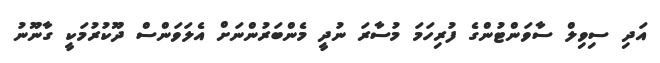
އަދި ސިވިލް ސާވަންޓުންގެ ފުރިހަމަ މުސާރަ ނުދީ މެންބަރުންނަށް އެލަވަންސް ދޫކުރުމަކީ ގާނޫނު